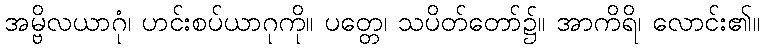
အမ္ဗိလယာဂုံ၊ ဟင်းစပ်ယာဂုကို။ ပတ္တေ၊ သပိတ်တော်၌။ အာကိရိ၊ လောင်း၏။